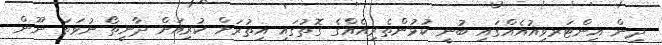
ދިން އިންޓަރވިއުއެއްގައި ބުނީ ކުޅުންތެރިއެއްގެ ގޮތުގައި އިތުރަށް ކުރިއަށް ދާނީތޯ ނުވަތަ ނޫން